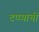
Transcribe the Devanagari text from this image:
टप्प्याची